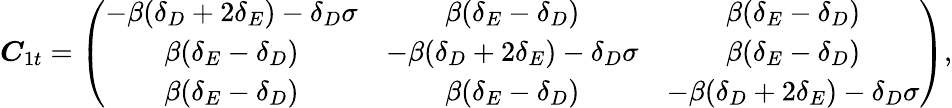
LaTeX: \begin{array}{r}{\boldsymbol C_{1t}=\left(\begin{array}{ccc}{-\beta(\delta_{D}+2\delta_{E})-\delta_{D}\sigma}&{\beta(\delta_{E}-\delta_{D})}&{\beta(\delta_{E}-\delta_{D})}\\ {\beta(\delta_{E}-\delta_{D})}&{-\beta(\delta_{D}+2\delta_{E})-\delta_{D}\sigma}&{\beta(\delta_{E}-\delta_{D})}\\ {\beta(\delta_{E}-\delta_{D})}&{\beta(\delta_{E}-\delta_{D})}&{-\beta(\delta_{D}+2\delta_{E})-\delta_{D}\sigma}\end{array}\right),}\end{array}